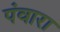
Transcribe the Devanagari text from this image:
पंवारा